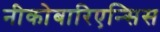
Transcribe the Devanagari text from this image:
नीकोबारिएन्सिस